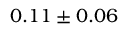
0 . 1 1 \pm 0 . 0 6